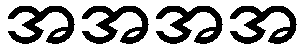
အအအအ